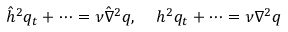
\hat { h } ^ { 2 } q _ { t } + \cdots = \nu \hat { \nabla } ^ { 2 } q , \; \; \; \; h ^ { 2 } q _ { t } + \cdots = \nu \nabla ^ { 2 } q